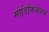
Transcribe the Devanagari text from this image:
मोडिफिकेशन